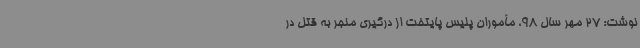
نوشت: 27‌ مهر سال ‌98، مأموران پلیس پایتخت از درگیری منجر به قتل در